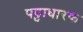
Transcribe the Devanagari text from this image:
पट्टाधारक